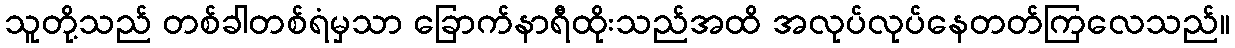
သူတို့သည် တစ်ခါတစ်ရံမှသာ ခြောက်နာရီထိုးသည်အထိ အလုပ်လုပ်နေတတ်ကြလေသည်။